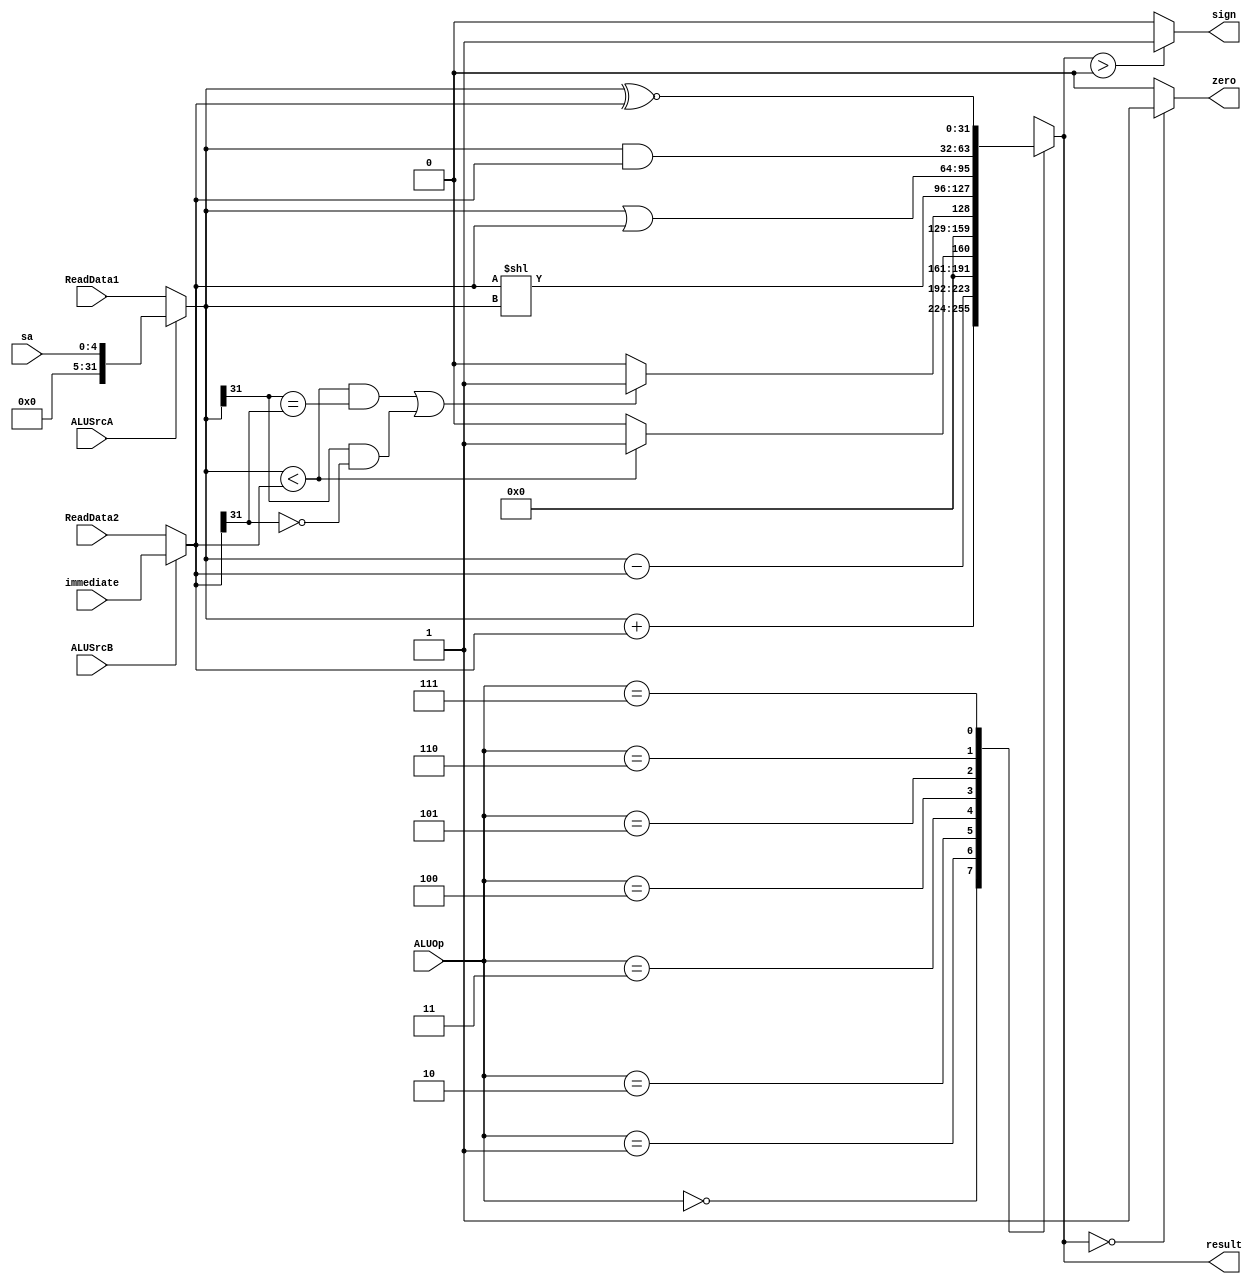
module ALU(ALUOp,ReadData1,sa,ReadData2,immediate,ALUSrcA,ALUSrcB,result,zero,sign);
input [2:0] ALUOp;
input [31:0] ReadData1;
input [4:0] sa;
input [31:0] ReadData2;
input [31:0] immediate;
input ALUSrcA,ALUSrcB;
output reg [31:0] result;
output zero;
output sign;
wire [31:0] opA;
wire [31:0] opB;
assign opA = ALUSrcA == 0 ? ReadData1 : {{27{1'b0}},sa[4:0]};
assign opB = ALUSrcB == 0 ? ReadData2 : immediate;
assign zero = result == 0 ? 1 : 0;
assign sign = result > 0 ? 1 : 0;
always @(ALUOp or ReadData1 or sa or ReadData2 or immediate or ALUSrcA or ALUSrcB) begin
	case(ALUOp)
		3'b000:
			result <= opA + opB;
		3'b001:
			result <= opA - opB;
		3'b010:
			result <= opA < opB ? 1: 0;
		3'b011:
			result <= (((opA<opB) && (opA[31] == opB[31] )) ||( ( opA[31] ==1 && opB[31] == 0))) ? 1:0;
		3'b100:
			result <= opB << opA;
			
		3'b101:
			result <= opA | opB;
		3'b110:
			result <= opA & opB;
		3'b111:
			result <= opA ^~ opB;
	endcase
end
endmodule